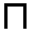
\sqcap